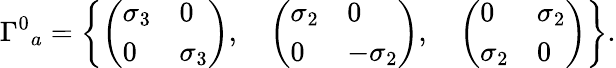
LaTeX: {\Gamma^{0}}_{a}=\left\{ \left(\begin{array}{ll}{{\sigma_{3}}}&{{0}}\\ {{0}}&{{\sigma_{3}}}\end{array}\right),\quad\left(\begin{array}{ll}{{\sigma_{2}}}&{{0}}\\ {{0}}&{{-\sigma_{2}}}\end{array}\right),\quad\left(\begin{array}{ll}{{0}}&{{\sigma_{2}}}\\ {{\sigma_{2}}}&{{0}}\end{array}\right)\right\} .